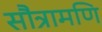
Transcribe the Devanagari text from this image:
सौत्रामणि